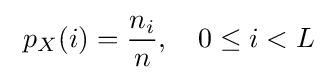
\ p_{X}(i)={\frac {n_{i}}{n}},\quad 0\leq i<L